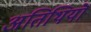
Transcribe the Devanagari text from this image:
अतिथियॊं